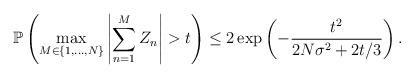
LaTeX: \begin{align*} \mathbb{P}\left(\max_{M\in\{1,\ldots,N\}}\left|\sum_{n=1}^MZ_n\right|>t\right)\leq 2\exp\left(-\frac{t^2}{2N\sigma^2+2t/3}\right). \end{align*}